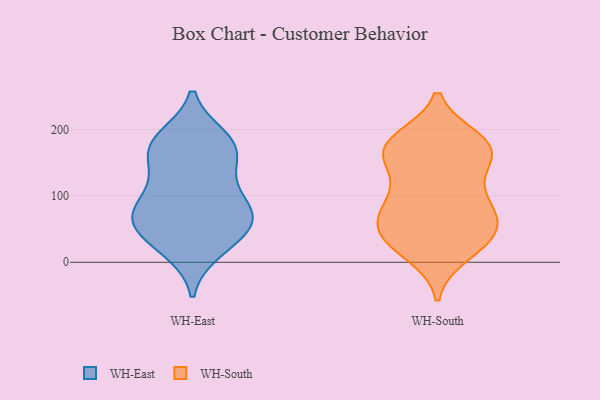
{"axis": {"x": "Page Views", "y": "Value"}, "legend": ["WH-East", "WH-South"], "data": [{"x": "", "y": 177, "type": "WH-East"}, {"x": "", "y": 110, "type": "WH-East"}, {"x": "", "y": 75, "type": "WH-East"}, {"x": "", "y": 23, "type": "WH-East"}, {"x": "", "y": 187, "type": "WH-East"}, {"x": "", "y": 18, "type": "WH-East"}, {"x": "", "y": 64, "type": "WH-East"}, {"x": "", "y": 156, "type": "WH-East"}, {"x": "", "y": 81, "type": "WH-East"}, {"x": "", "y": 151, "type": "WH-East"}, {"x": "", "y": 44, "type": "WH-East"}, {"x": "", "y": 63, "type": "WH-East"}, {"x": "", "y": 174, "type": "WH-East"}, {"x": "", "y": 112, "type": "WH-East"}, {"x": "", "y": 184, "type": "WH-East"}, {"x": "", "y": 55, "type": "WH-East"}, {"x": "", "y": 72, "type": "WH-East"}, {"x": "", "y": 184, "type": "WH-South"}, {"x": "", "y": 104, "type": "WH-South"}, {"x": "", "y": 13, "type": "WH-South"}, {"x": "", "y": 170, "type": "WH-South"}, {"x": "", "y": 108, "type": "WH-South"}, {"x": "", "y": 170, "type": "WH-South"}, {"x": "", "y": 81, "type": "WH-South"}, {"x": "", "y": 28, "type": "WH-South"}, {"x": "", "y": 177, "type": "WH-South"}, {"x": "", "y": 178, "type": "WH-South"}, {"x": "", "y": 25, "type": "WH-South"}, {"x": "", "y": 74, "type": "WH-South"}, {"x": "", "y": 170, "type": "WH-South"}, {"x": "", "y": 43, "type": "WH-South"}, {"x": "", "y": 162, "type": "WH-South"}, {"x": "", "y": 57, "type": "WH-South"}, {"x": "", "y": 142, "type": "WH-South"}, {"x": "", "y": 49, "type": "WH-South"}, {"x": "", "y": 47, "type": "WH-South"}, {"x": "", "y": 81, "type": "WH-South"}]}